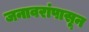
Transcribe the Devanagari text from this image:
जनावरांपासून